Document type: Barter
Year: 1304
Scribe: Pere Pometa
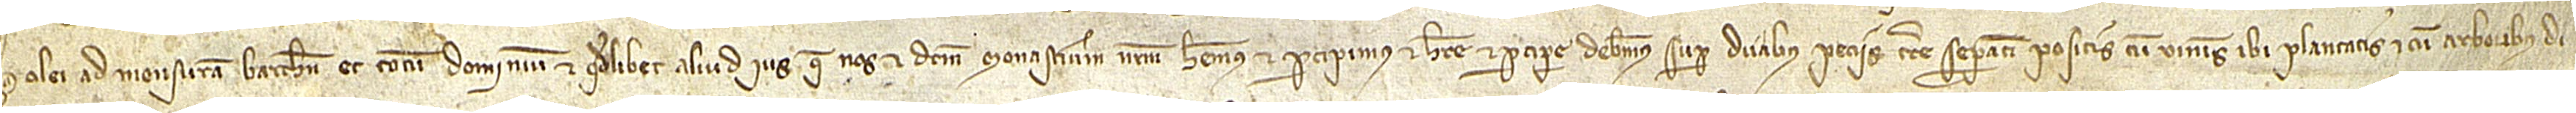
olei ad mensuram Barchinone et totum dominium et quodlibet aliud ius que nos et dictum monasterium nostrum habemus et percipimus et habere et percipere debemus super duabus peciis terre separatim positis, cum vineis ibi plantatis et cum arboribus di-